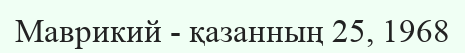
Маврикий - қазанның 25, 1968